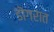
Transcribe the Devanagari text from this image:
डॊगरात